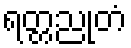
ရတ္တညုတံ